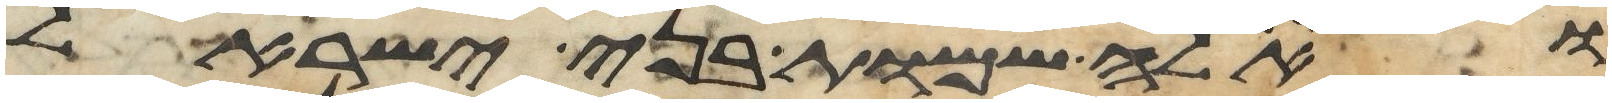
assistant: ואלה שמות בני ישראל